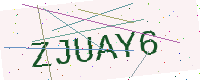
Text: ZJUAY6